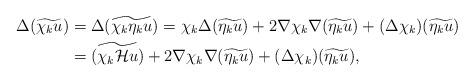
LaTeX: \begin{align*}\Delta (\widetilde{\chi_k u})& = \Delta (\widetilde{\chi_k \eta_k u}) = \chi_k \Delta ( \widetilde{ \eta_k u}) + 2 \nabla \chi_k \nabla (\widetilde{ \eta_k u}) + (\Delta \chi_k) (\widetilde{ \eta_k u})\\& = ( \widetilde{ \chi_k \mathcal{H} u}) + 2 \nabla \chi_k \nabla (\widetilde{ \eta_k u}) + (\Delta \chi_k) (\widetilde{ \eta_k u}),\end{align*}